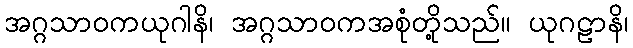
အဂ္ဂသာဝကယုဂါနိ၊ အဂ္ဂသာဝကအစုံတို့သည်။ ယုဂဠာနိ၊